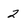
Character: 2